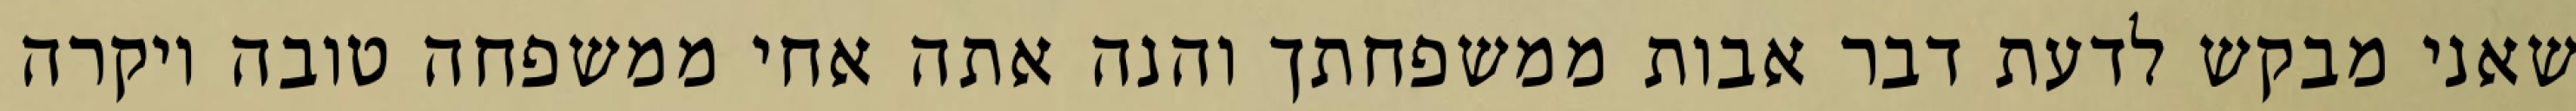
שאני מבקש לדעת דבר אבות ממשפחתך והנה אתה אחי ממשפחה טובה ויקרה